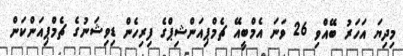
މިދިޔަ އަހަރު ބޭއްވި 26 ވަނަ އެމްބީއޭ ޗެމްޕިއަންޝިޕްގެ ފިރިހެން ޑިވިޝަނުގެ ޗެމްޕިއަންކަން